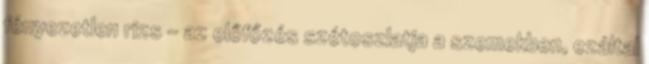
fényezetlen rizs - az előfőzés szétoszlatja a szemekben, ezáltal